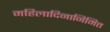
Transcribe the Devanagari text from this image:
महिलादिनानिमित्त